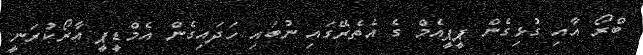
ބްރޯ އާއި ގުޅިގެން ޕީޕީއެމް ގެ އެތެރޭގައި ނުބައި ހަދައިގެން އެމްޑީޕީ އާރޯކުރަނީ